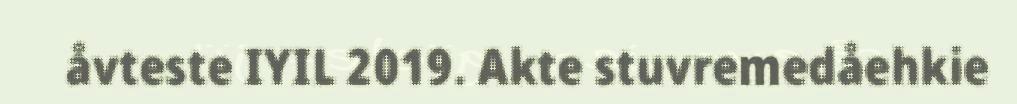
åvteste IYIL 2019. Akte stuvremedåehkie